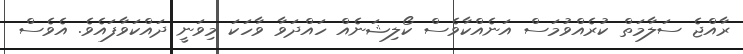
ރާއްޖެ ސަލާމަތް ކުރެއްވުމަސް އަނެއްކާވެސް ކޯލިޝަނެއް ހައްދަވާ ވާހަކަ މިވަނީ ދައްކަވާފައެވެ. އެވެސް